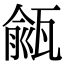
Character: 㼶